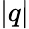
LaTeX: \vert q\vert